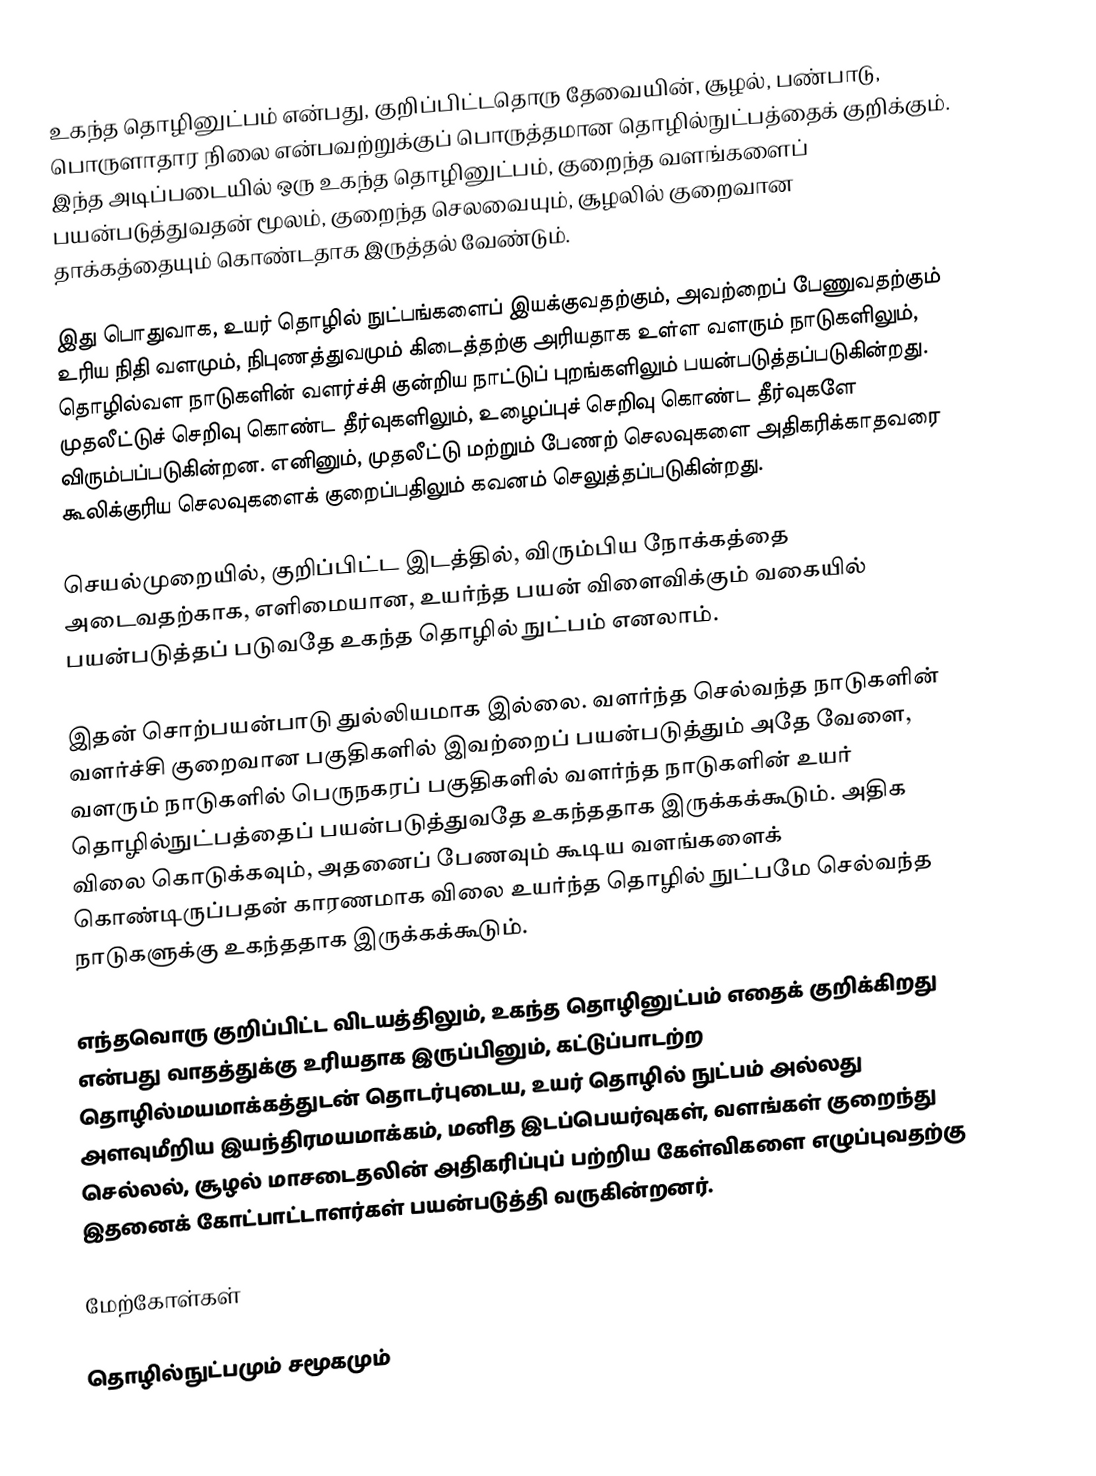
உகந்த தொழினுட்பம் என்பது, குறிப்பிட்டதொரு தேவையின், சூழல், பண்பாடு, பொருளாதார நிலை என்பவற்றுக்குப் பொருத்தமான தொழில்நுட்பத்தைக் குறிக்கும். இந்த அடிப்படையில் ஒரு உகந்த தொழினுட்பம், குறைந்த வளங்களைப் பயன்படுத்துவதன் மூலம், குறைந்த செலவையும், சூழலில் குறைவான தாக்கத்தையும் கொண்டதாக இருத்தல் வேண்டும்.

இது பொதுவாக, உயர் தொழில் நுட்பங்களைப் இயக்குவதற்கும், அவற்றைப் பேணுவதற்கும் உரிய நிதி வளமும், நிபுணத்துவமும் கிடைத்தற்கு அரியதாக உள்ள வளரும் நாடுகளிலும், தொழில்வள நாடுகளின் வளர்ச்சி குன்றிய நாட்டுப் புறங்களிலும் பயன்படுத்தப்படுகின்றது. முதலீட்டுச் செறிவு கொண்ட தீர்வுகளிலும், உழைப்புச் செறிவு கொண்ட தீர்வுகளே விரும்பப்படுகின்றன. எனினும், முதலீட்டு மற்றும் பேணற் செலவுகளை அதிகரிக்காதவரை கூலிக்குரிய செலவுகளைக் குறைப்பதிலும் கவனம் செலுத்தப்படுகின்றது.

செயல்முறையில், குறிப்பிட்ட இடத்தில், விரும்பிய நோக்கத்தை அடைவதற்காக, எளிமையான, உயர்ந்த பயன் விளைவிக்கும் வகையில் பயன்படுத்தப் படுவதே உகந்த தொழில் நுட்பம் எனலாம்.

இதன் சொற்பயன்பாடு துல்லியமாக இல்லை. வளர்ந்த செல்வந்த நாடுகளின் வளர்ச்சி குறைவான பகுதிகளில் இவற்றைப் பயன்படுத்தும் அதே வேளை, வளரும் நாடுகளில் பெருநகரப் பகுதிகளில் வளர்ந்த நாடுகளின் உயர் தொழில்நுட்பத்தைப் பயன்படுத்துவதே உகந்ததாக இருக்கக்கூடும். அதிக விலை கொடுக்கவும், அதனைப் பேணவும் கூடிய வளங்களைக் கொண்டிருப்பதன் காரணமாக விலை உயர்ந்த தொழில் நுட்பமே செல்வந்த நாடுகளுக்கு உகந்ததாக இருக்கக்கூடும்.

எந்தவொரு குறிப்பிட்ட விடயத்திலும், உகந்த தொழினுட்பம் எதைக் குறிக்கிறது என்பது வாதத்துக்கு உரியதாக இருப்பினும், கட்டுப்பாடற்ற தொழில்மயமாக்கத்துடன் தொடர்புடைய, உயர் தொழில் நுட்பம் அல்லது அளவுமீறிய இயந்திரமயமாக்கம், மனித இடப்பெயர்வுகள், வளங்கள் குறைந்து செல்லல், சூழல் மாசடைதலின் அதிகரிப்புப் பற்றிய கேள்விகளை எழுப்புவதற்கு இதனைக் கோட்பாட்டாளர்கள் பயன்படுத்தி வருகின்றனர்.

மேற்கோள்கள்

தொழில்நுட்பமும் சமூகமும்